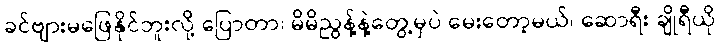
ခင်ဗျားမဖြေနိုင်ဘူးလို့ ပြောတာ၊ မိမိညွန့်နဲ့တွေ့မှပဲ မေးတော့မယ်၊ ဆောရီး ချိုရီယို